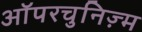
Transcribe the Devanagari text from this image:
ऑपरचुनिज़्म